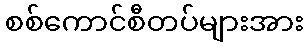
စစ်ကောင်စီတပ်များအား